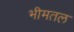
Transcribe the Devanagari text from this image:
भीमतल